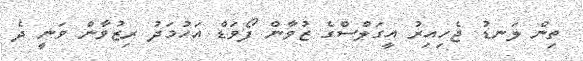
ތިން ލަނޑު ޖެހިއިރު އީގަލްސްގެ ޒުވާން ފޯވަޑް އަހުމަދު ރިޒުވާން ވަނީ ދެ